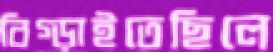
বিগ্‌ড়াইতেছিলে